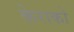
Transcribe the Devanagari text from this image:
केराको